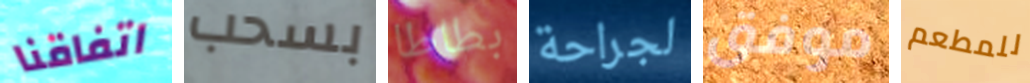
اتفاقنا بسحب بطاطا لجراحة موفق للمطعم